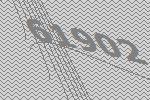
61902